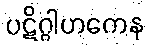
ပဋိဂ္ဂါဟကေန